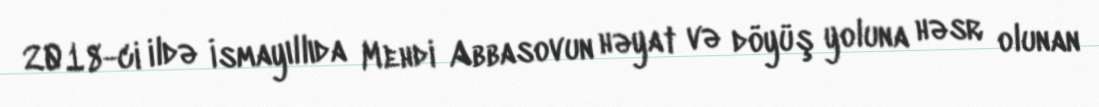
2018-ci ildə İsmayıllıda Mehdi Abbasovun həyat və döyüş yoluna həsr olunan